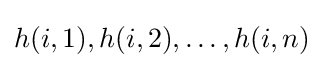
h(i,1),h(i,2),\ldots ,h(i,n)